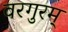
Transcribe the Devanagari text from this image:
वरगुरम्